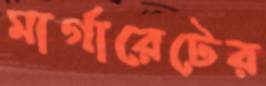
মার্গারেটের